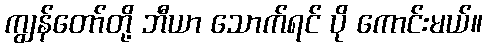
ကျွန်တော်တို့ ဘီယာ သောက်ရင် ပို ကောင်းမယ်။